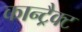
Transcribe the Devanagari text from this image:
कान्ट्रैक्ट